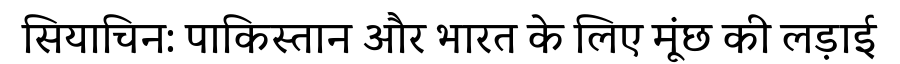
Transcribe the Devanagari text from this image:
सियाचिन: पाकिस्तान और भारत के लिए मूंछ की लड़ाई